Civil Veterinary Department Bengal reports 1923-33 - 1923-1933
Year: 1923
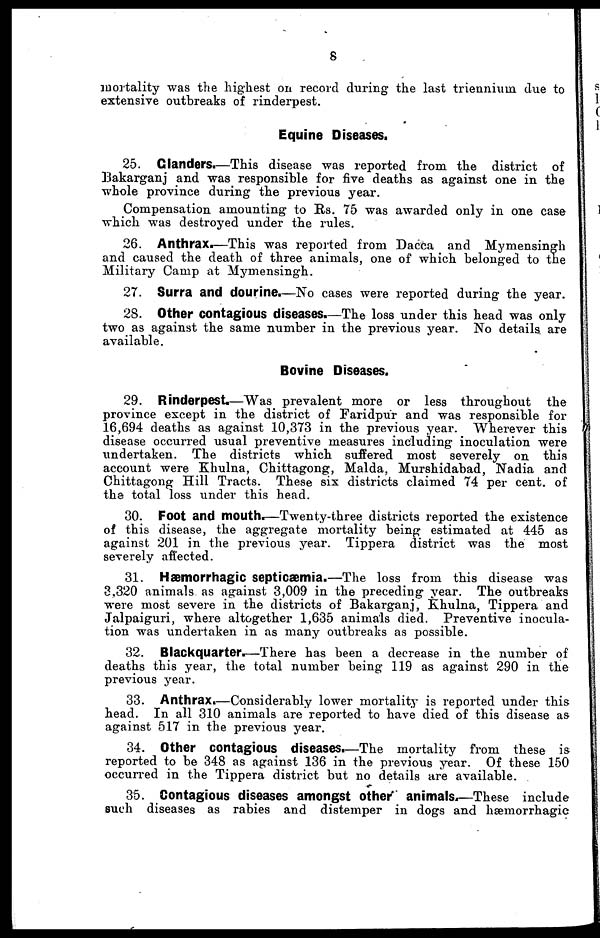
8
mortality was the highest on record during the last triennium due to
extensive outbreaks of rinderpest.
Equine Diseases.
25. Glanders.—This disease was reported from the district of
Bakarganj and was responsible for five deaths as against one in the
whole province during the previous year.
Compensation amounting to Rs. 75 was awarded only in one case
which was destroyed under the rules.
26. Anthrax.—This was reported from Dacca and Mymensingh
and caused the death of three animals, one of which belonged to the
Military Camp at Mymensingh.
27. Surra and dourine.—No cases were reported during the year.
2S. Other contagious diseases.—The loss under this head was only
two as against the same number in the previous year. No details are
available.
Bovine Diseases.
29. Rinderpest.—Was prevalent more or less throughout the
province except in the district of Faridpur and was responsible for
16,694 deaths as against 10,373 in the previous year. Wherever this
disease occurred usual preventive measures including inoculation were
undertaken. The districts which suffered most severely on this
account were Khulna, Chittagong, Malda, Murshidabad, Nadia and
Chittagong Hill Tracts. These six districts claimed 74 per cent. of
the total loss under this head.
30. Foot and mouth.—Twenty-three districts reported the existence
of this disease, the aggregate mortality being estimated at 445 as
against 201 in the previous year. Tippera district was the most
severely affected.
31. Hæmorrhagic septicæmia.—The loss from this disease was
3,320 animals as against 3,009 in the preceding year. The outbreaks
were most severe in the districts of Bakarganj, Khulna, Tippera and
Jalpaiguri, where altogether 1,635 animals died. Preventive inocula-
tion was undertaken in as many outbreaks as possible.
32. Blackquarter.—There has been a decrease in the number of
deaths this year, the total number being 119 as against 290 in the
previous year.
33. Anthrax.—Considerably lower mortality is reported under this
head. In all 310 animals are reported to have died of this disease as
against 517 in the previous year.
34. Other contagious diseases.—The mortality from these is
reported to be 348 as against 136 in the previous year. Of these 150
occurred in the Tippera district but no details are available.
35. Contagious diseases amongst other animals.—These include
such diseases as rabies and distemper in dogs and hæmorrhagic